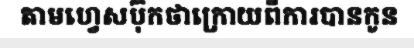
តាមហ្វេសប៊ុកថាក្រោយពីការបានកូន